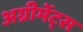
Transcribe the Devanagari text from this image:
अग्रीमेंट्स